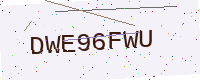
Text: DWE96FWU